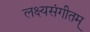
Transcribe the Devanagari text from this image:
लक्ष्यसंगीतम्‌